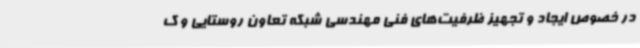
در خصوص ایجاد و تجهیز ظرفیت‌های فنی مهندسی شبکه تعاون روستایی و ک